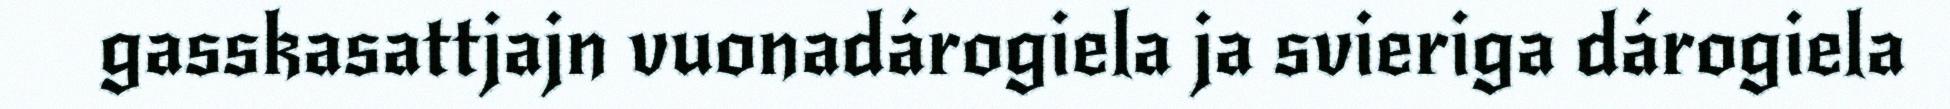
gasskasattjajn vuonadárogiela ja svieriga dárogiela